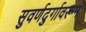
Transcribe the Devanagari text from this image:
सुवर्णदुर्गावरून